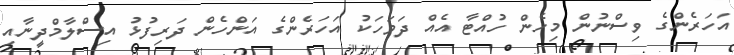
އަހަރެންގެ ވިސްނުން މިހެން ހުއްޓާ އެއް ދަވަހަކު އަހަރެންގެ އަންހެން ދަރިފުޅު އިސްލާމްދީނާއި